Annual report of lunatic asylums [Bombay] - 1912-1922
Year: 1912
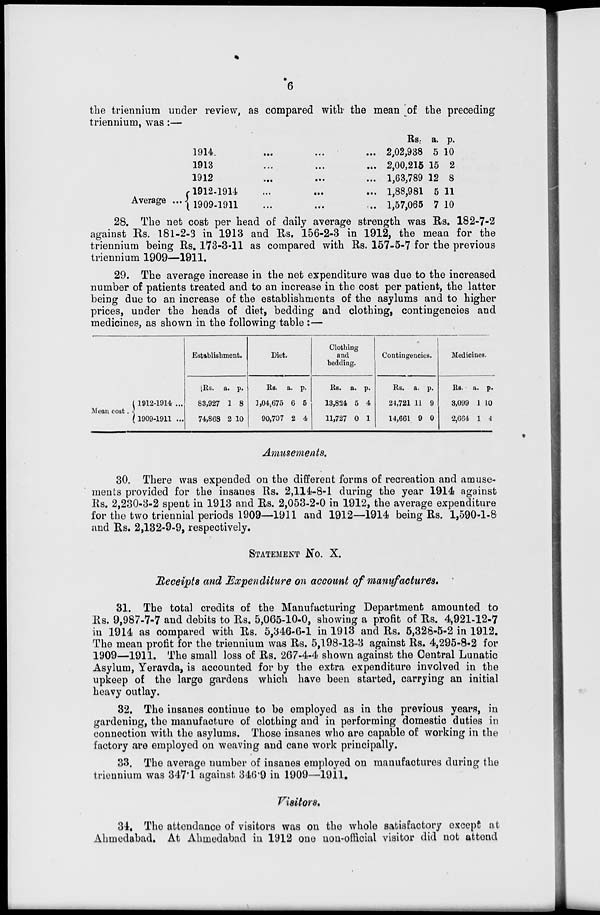
6
the triennium under review, as compared with the mean of the preceding
triennium, was:—
Average ...
1914 ... ... ...
1913 ... ... ...
1912 ... ... ...
1912-1914
1909-1911
Rs.
2,02,938
2,00,215
1,63,789
1,88,981
1,57,065
a.
5
15
12
5
7
p.
10
2
8
11
10
28. The net cost per head of daily average strength was Rs. 182-7-2
against Rs. 181-2-3 in 1913 and Rs. 156-2-3 in 1912, the mean for the
triennium being Rs. 173-3-11 as compared with Rs. 157-5-7 for the previous
triennium 1909—1911.
29. The average increase in the net expenditure was due to the increased
number of patients treated and to an increase in the cost per patient, the latter
being due to an increase of the establishments of the asylums and to higher
prices, under the heads of diet, bedding and clothing, contingencies and
medicines, as shown in the following table :—
Mean cost.
1912-1914. ...
1909-1911 ...
Establishment.
Rs.
83,927
74,868
a.
1
2
p.
8
10
Diet.
Rs.
1,04,675
90,707
a.
6
2
p.
5
4
Clothing
and
bedding.
Rs.
13,824
11,727
a.
5
0
p.
4
1
Contingencies.
Rs.
24,721
14,661
a.
11
9
p.
9
0
Medicines.
Rs.
3,099
2,664
a.
1
1
p.
10
4
Amusements.
30. There was expended on the different forms of recreation and amuse-
ments provided for the insanes Rs. 2,114-8-1 during the year 1914 against
Rs. 2,230-3-2 spent in 1913 and Rs. 2,053-2-0 in 1912, the average expenditure
for the two triennial periods 1909—1911 and 1912—1914 being Rs. 1,590-1-8
and Rs. 2,132-9-9, respectively.
STATEMENT No. X.
Receipts and Expenditure on account of manufactures.
31. The total credits of the Manufacturing Department amounted to
Rs. 9,987-7-7 and debits to Rs. 5,065-10-0, showing a profit of Rs. 4,921-12-7
in 1914 as compared with Rs. 5,346-6-1 in 1913 and Rs. 5,328-5-2 in 1912.
The mean profit for the triennium was Rs. 5,198-13-3 against Rs. 4,295-8-2 for
1909—1911. The small loss of Rs. 267-4-4 shown against the Central Lunatic
Asylum, Yeravda, is accounted for by the extra expenditure involved in the
upkeep of the large gardens which have been started, carrying an initial
heavy outlay.
32. The insanes continue to be employed as in the previous years, in
gardening, the manufacture of clothing and in performing domestic duties in
connection with the asylums. Those insanes who are capable of working in the
factory are employed on weaving and cane work principally.
33. The average number of insanes employed on manufactures during the
triennium was 347.1 against 346.9 in 1909—1911.
Visitors.
34. The attendance of visitors was on the whole satisfactory except at
Ahmedabad. At Ahmedabad in 1912 one non-official visitor did not attend